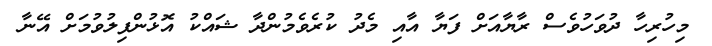
މިހުރިހާ ދުވަހުވެސް ރާޔާއަށް ފަޔާ އާއި މެދު ކުރެވެމުންދާ ޝައްކު އޮޅުންފިލުވުމަށް އޭނާ